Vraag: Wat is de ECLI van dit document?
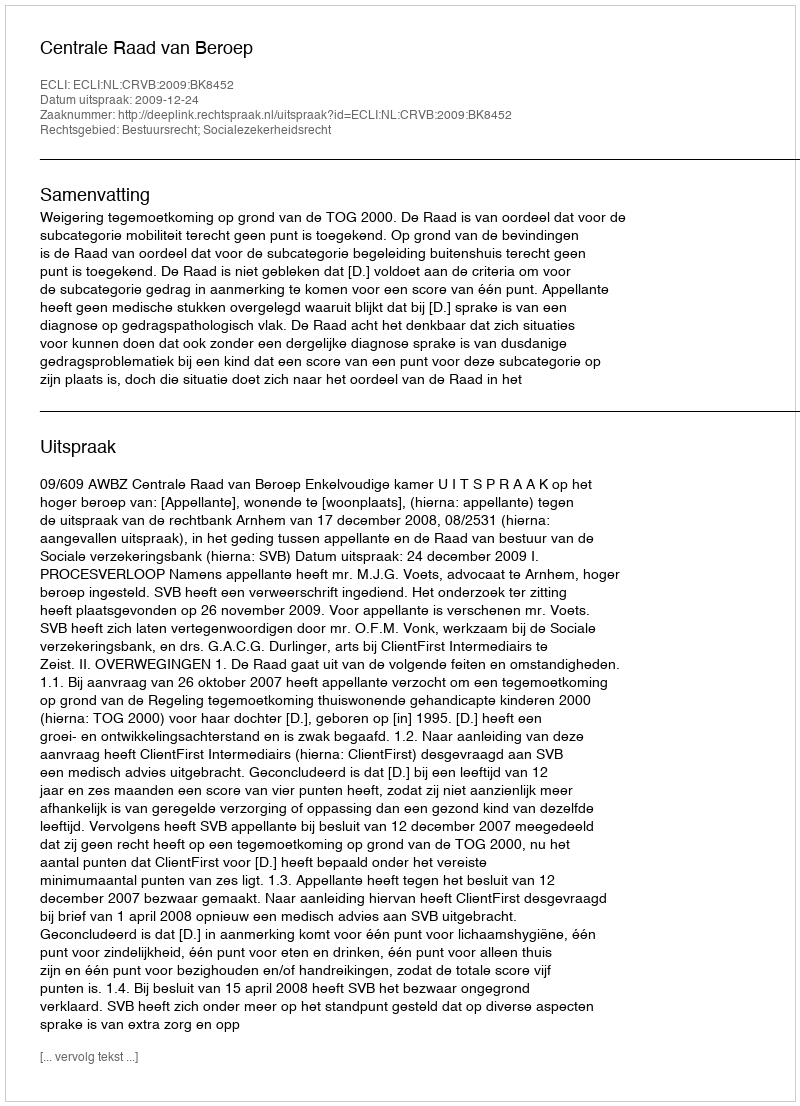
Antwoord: ECLI:NL:CRVB:2009:BK8452